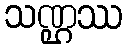
သဏ္ဌဿ